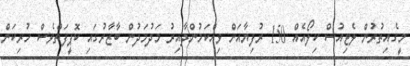
މީގެއިތުރުން ލެޓިއުސް ކިލޯއެއް 150 ރުފިޔާއަށް ވިއްކަމުންދާއިރު މަދުމަދުން ބާޒާރުގައި ކޮޕީފަތްވެސް ހުރިކަން